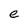
Character: e